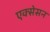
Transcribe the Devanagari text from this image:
एक्सेसन